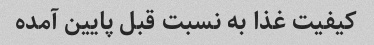
کیفیت غذا به نسبت قبل پایین آمده